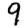
Digit: 9